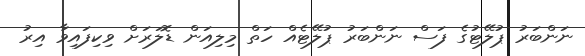
ނަންބަރު ޕުލޭޓުގެ ފަސް ނަންބަރު ޕުލޭޓެއް ހަތް މިލިއަން ޑޮލަރަށް ވިކިފައިވާ އިރު